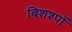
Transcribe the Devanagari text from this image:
बिशश्पों